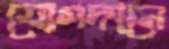
যোগদানে